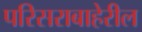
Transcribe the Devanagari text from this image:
परिसराबाहेरील